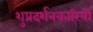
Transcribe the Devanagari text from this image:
शुप्रदर्शनकारियों